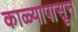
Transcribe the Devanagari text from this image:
काळ्यापासून